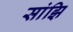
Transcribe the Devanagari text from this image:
सांझि